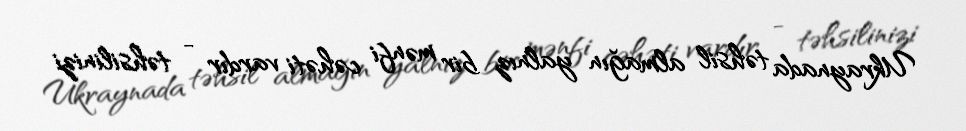
Ukraynada təhsil almağın yalnız bir mənfi cəhəti vardır - təhsilinizi